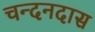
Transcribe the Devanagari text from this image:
चन्दनदास